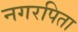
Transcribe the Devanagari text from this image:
नगरपिता